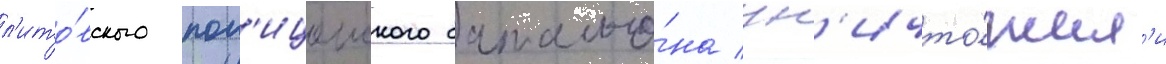
л'ито́вского пол'ицеиского батальо́на ун'ичто́жил'и